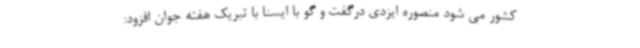
کشور می شود منصوره ایزدی درگفت و گو با ایسنا با تبریک هفته جوان افزود: